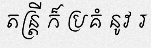
តន្ត្រី ក៏ ប្រគំ នូវ រ